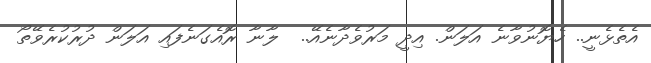
އެތެޅެނީ.. ހެޔޮނުވާނެ އަލަން. އިދީ މަރުވެދާނެއޭ..  ލާނާ ރޮއެގަނެފައި އަލަން ދުރުކުރެވޭތޯ